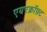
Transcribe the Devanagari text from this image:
एयरक्रॉफ़्ट